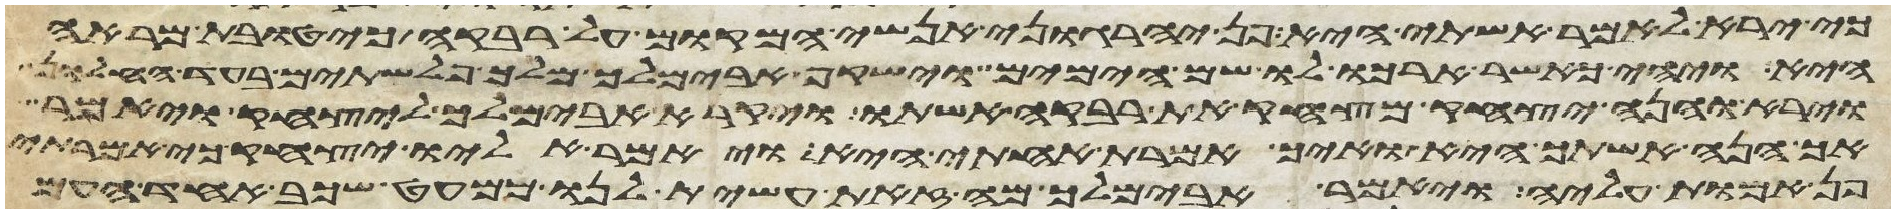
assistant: כי ירא לאמר אשתי היא פן יהרגוני אנשי המקום על רבקה כי טובת מראה
היא ויהי כאשר הרכו לו שם הימים וישקף אבימלך מלך פלשתים בעד החלון
וירא והנה יצחק מצחק את רבקה אשתו ויקרא אבימלך ליצחק ויאמר
אך הנה אשתך היא ואיך אמרת אחותי היא ויאמר אליו יצחק כי אמרתי
פן אמות עליה ויאמר אבימלך מה זאת עשית לנו כמעט שכב אחד העם